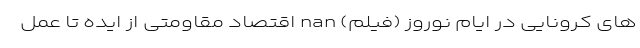
های کرونایی در ایام نوروز (فیلم) nan اقتصاد مقاومتی از ایده تا عمل